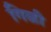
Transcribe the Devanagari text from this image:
गिळी